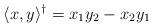
LaTeX: \begin{align*} \langle x, y \rangle^{\dagger} = x_1 y_2 - x_2 y_1\end{align*}